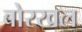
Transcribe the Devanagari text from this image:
बोरखल